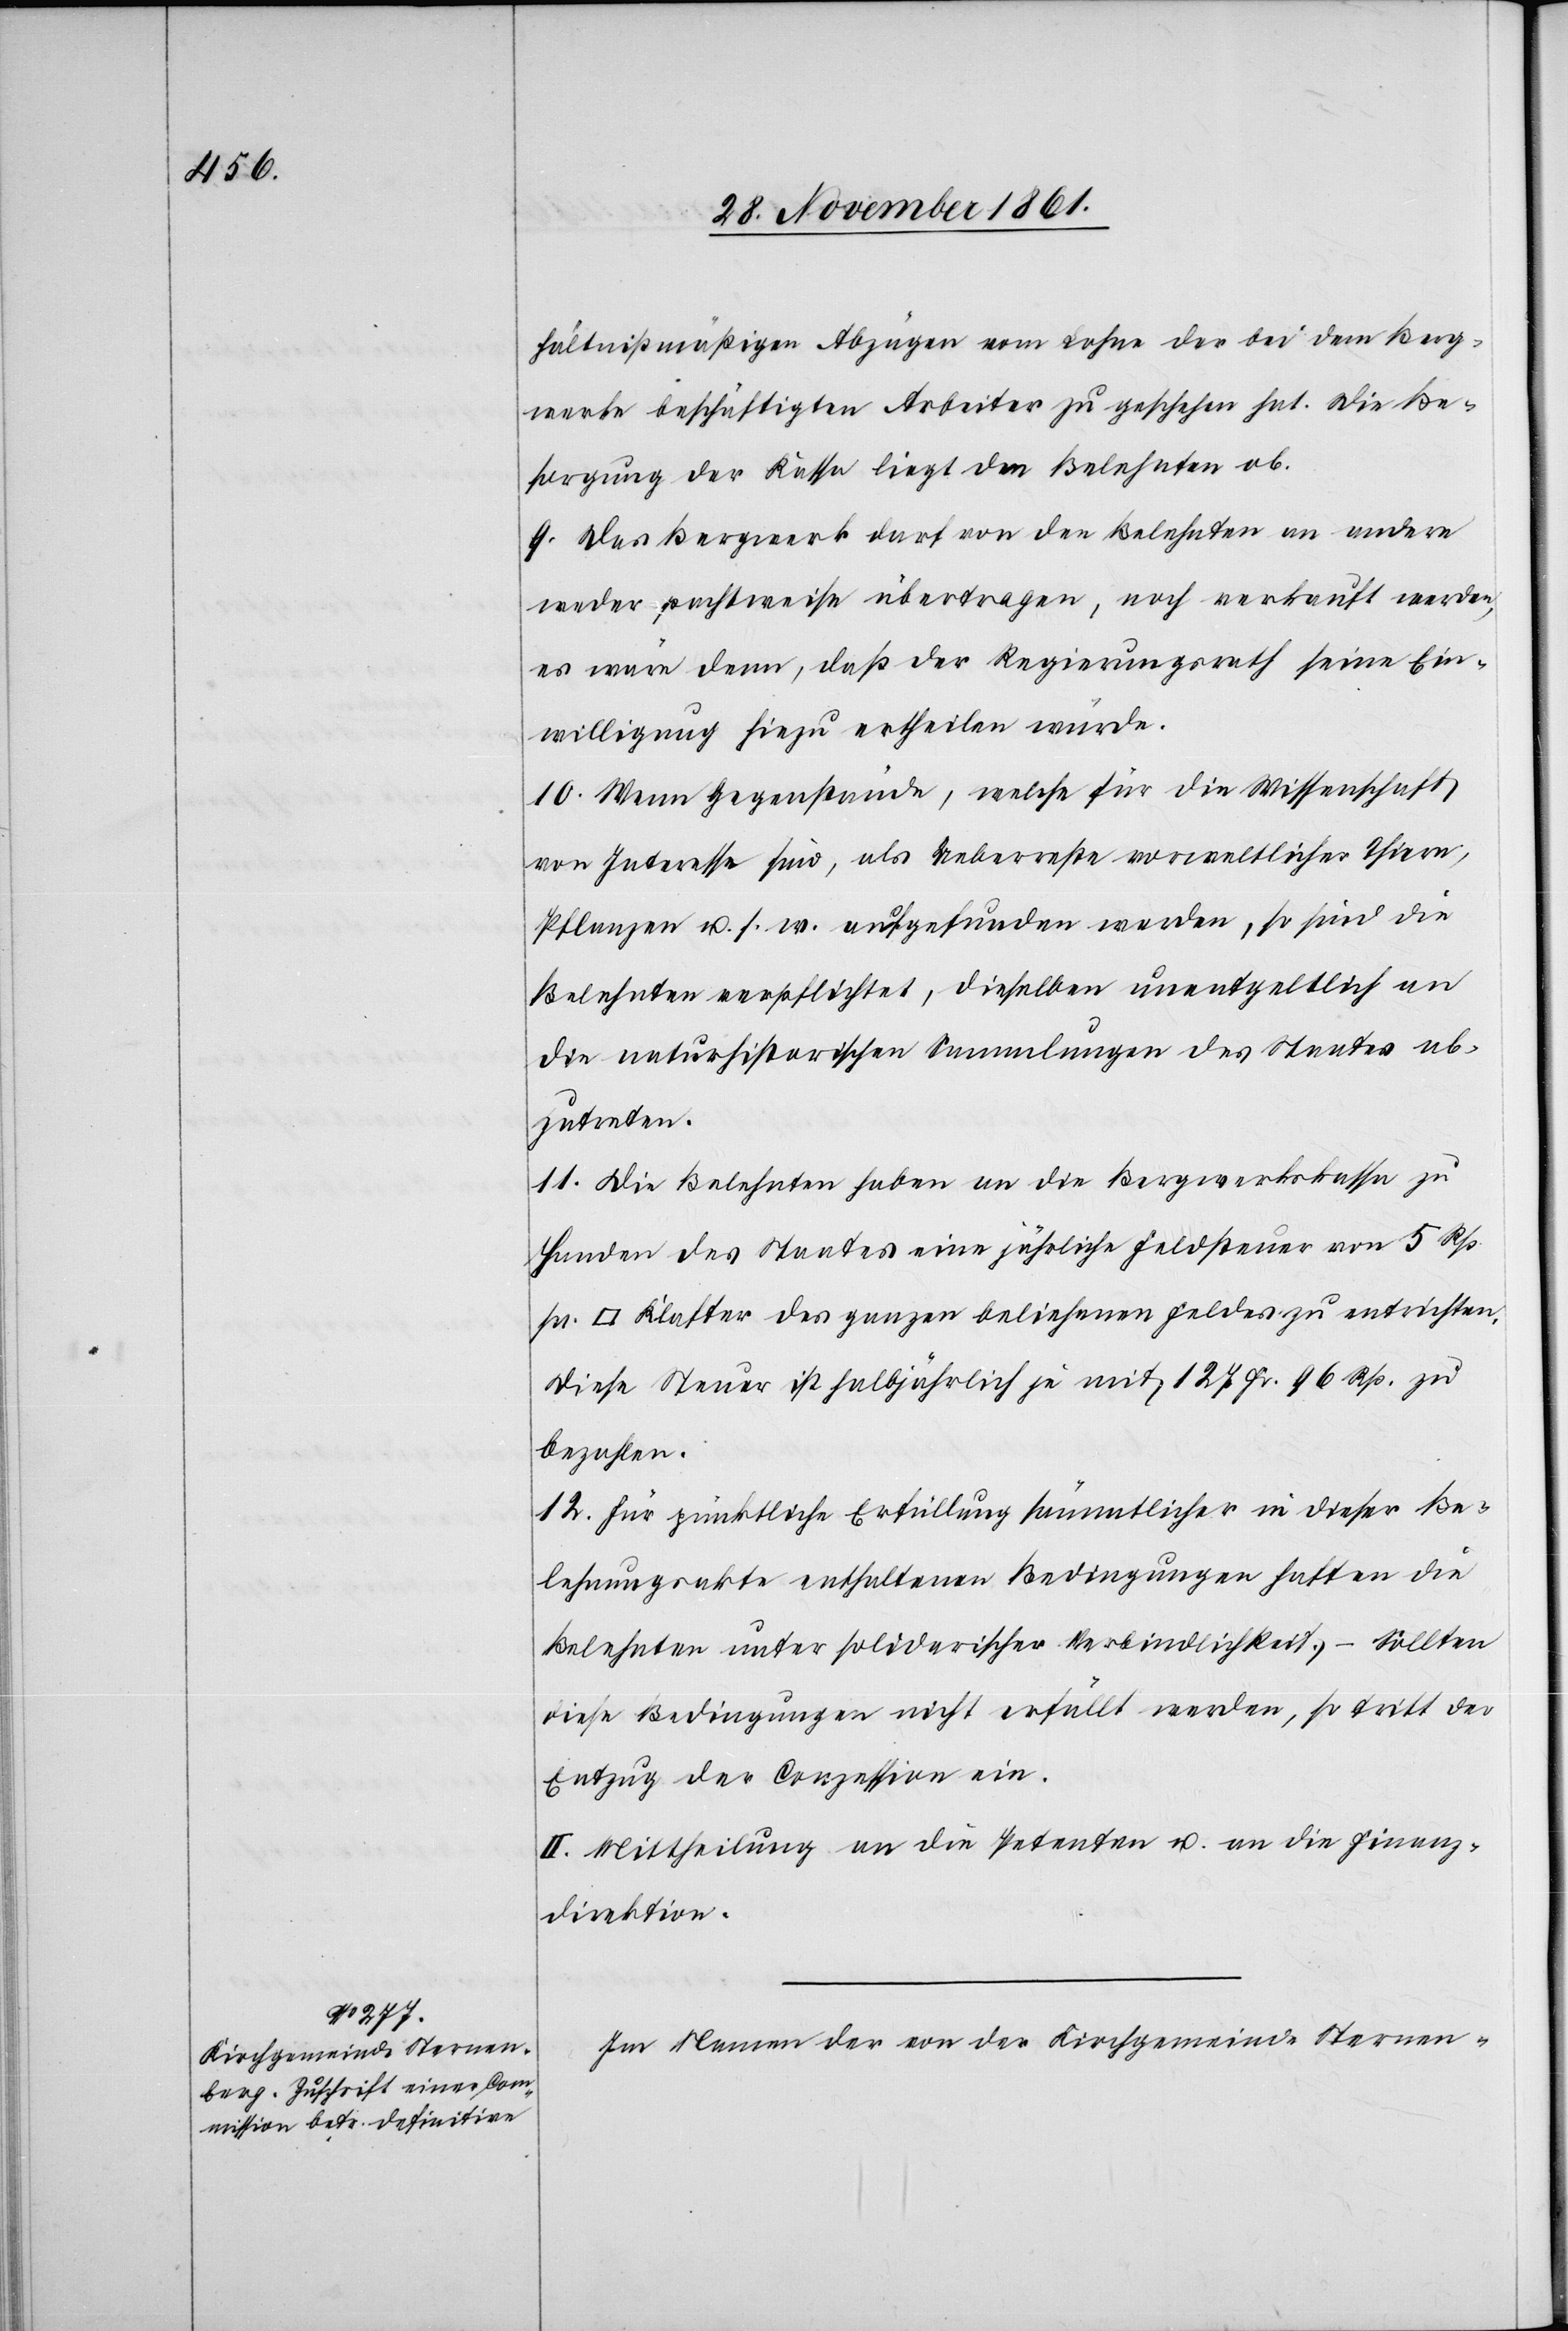
pr.

hältnißmäßigen Abzügen vom Lohne der bei dem Berg¬
werke beschäftigten Arbeiter zu geschehen hat. Die Be¬
sorgung der Kassa liegt den Belehnten ob.
9. Das Bergwerk darf von den Belehnten an andere
weder pachtweise übertragen, noch verkauft werden,
es wäre denn, daß der Regierungsrath seine Be¬
willigung hiezu ertheilen würde.
10. Wenn Gegenstände, welche für die Wissenschaft
von Interesse sind, als Ueberreste vorweltlicher Thiere,
Pflanzen u. s. w. aufgefunden werden, so sind die
Belehnten verpflichtet, dieselben unentgeldlich an
die naturhistorischen Sammlungen des Staates ab¬
zutreten.
11. Die Belehnten haben an die Bergwerkskassa zu
Handen des Staates eine jährliche Feldsteuer von 5 Rp.
Klafter des ganzen beliehenen Feldes zu entrichten.
Diese Steuer ist halbjährlich je mit 127 Fr. 96 Rp. zu
bezahlen.
12. Für pünktliche Erfüllung sämmtlicher in dieser Be¬
lehnungsakte enthaltenen Bedingungen haften die
Belehnten unter solidarischer Verbindlichkeit, – sollten
diese Bedingungen nicht erfüllt werden, so tritt der
Entzug der Conzession ein.
II. Mittheilung an die Petenten u. an die Finanz¬
direktion.
Im Namen der von der Kirchgemeinde Sternen-